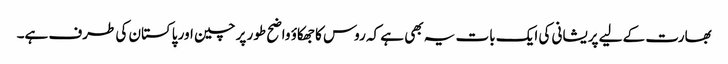
بھارت کے لیے پریشانی کی ایک بات یہ بھی ہے کہ روس کا جھکاؤ واضح طور پر چین اور پاکستان کی طرف ہے۔